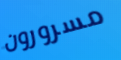
مسرورون